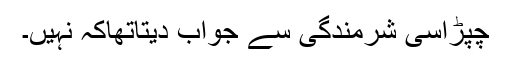
چپڑاسی شرمندگی سے جواب دیتاتھاکہ نہیں۔